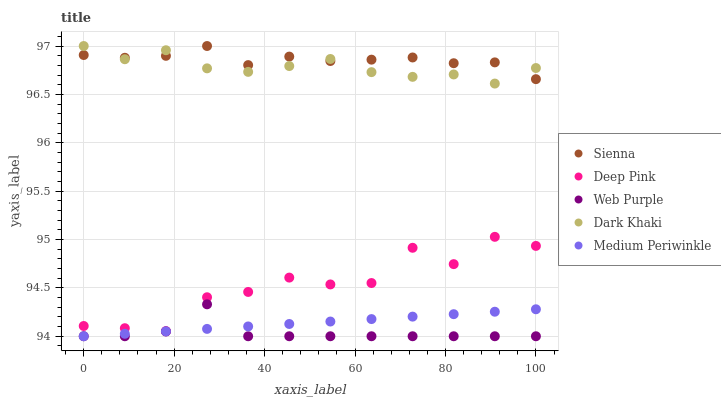
| xaxis_label | Sienna | Deep Pink | Web Purple | Dark Khaki | Medium Periwinkle |
 | --- | --- | --- | --- | --- | --- |
 | 0 | 96.9 | 94.1 | 94 | 97 | 94 |
 | 9.09 | 96.9 | 94.1 | 94 | 96.9 | 94 |
 | 18.2 | 96.9 | 94.1 | 94 | 97 | 94.1 |
 | 27.3 | 97 | 94.4 | 94.3 | 96.8 | 94.1 |
 | 36.4 | 96.8 | 94.5 | 94 | 96.7 | 94.1 |
 | 45.5 | 96.9 | 94.6 | 94 | 96.8 | 94.1 |
 | 54.5 | 96.8 | 94.5 | 94 | 96.9 | 94.2 |
 | 63.6 | 96.9 | 94.6 | 94 | 96.7 | 94.2 |
 | 72.7 | 96.9 | 94.9 | 94 | 96.7 | 94.2 |
 | 81.8 | 96.8 | 94.7 | 94 | 96.7 | 94.2 |
 | 90.9 | 96.8 | 95 | 94 | 96.6 | 94.3 |
 | 100 | 96.7 | 94.9 | 94 | 96.8 | 94.3 |